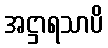
အဋ္ဌာရသာပိ